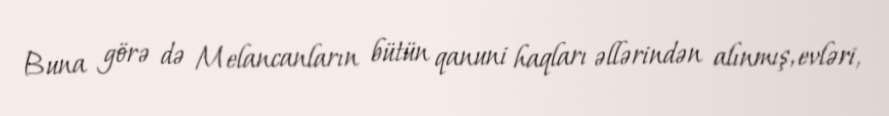
Buna görə də Melancanların bütün qanuni haqları əllərindən alınmış, evləri,